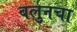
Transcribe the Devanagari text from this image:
बलुनचा